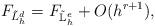
LaTeX: \begin{align*}F_{\tilde{L}^d_h} = F_{{\mathbb{\tilde{L}}}^{e}_h} + O(h^{r+1}),\end{align*}